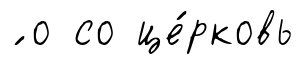
́ о со це́рковь